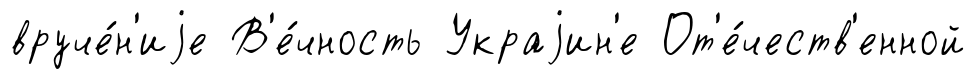
вруче́н'иjе В'е́чность Украjин'е От'е́честв'енной